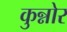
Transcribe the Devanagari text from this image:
कुन्नोर